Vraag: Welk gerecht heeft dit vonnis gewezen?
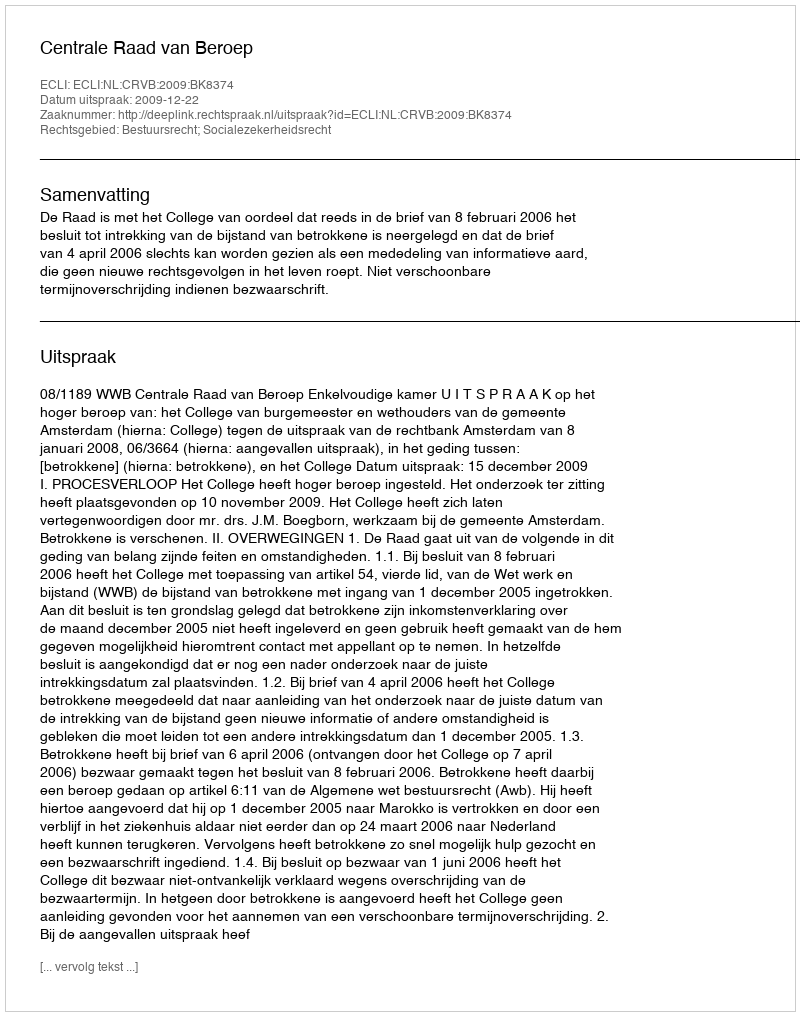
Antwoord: Centrale Raad van Beroep